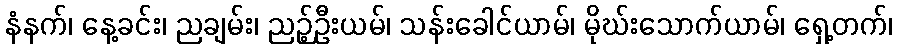
နံနက်၊ နေ့ခင်း၊ ညချမ်း၊ ညဉ့်ဦးယမ်၊ သန်းခေါင်ယာမ်၊ မိုဃ်းသောက်ယာမ်၊ ရှေ့တက်၊